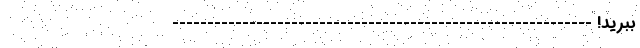
ببرید! ------------------------------------------------------------